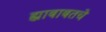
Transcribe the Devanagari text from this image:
ह्याबाबतचे